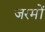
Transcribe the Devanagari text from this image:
जरमों